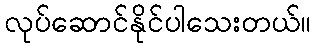
လုပ်ဆောင်နိုင်ပါသေးတယ်။